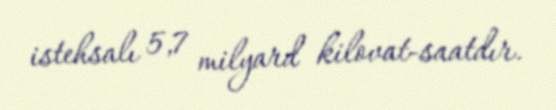
istehsalı 5,7 milyard kilovat-saatdır.